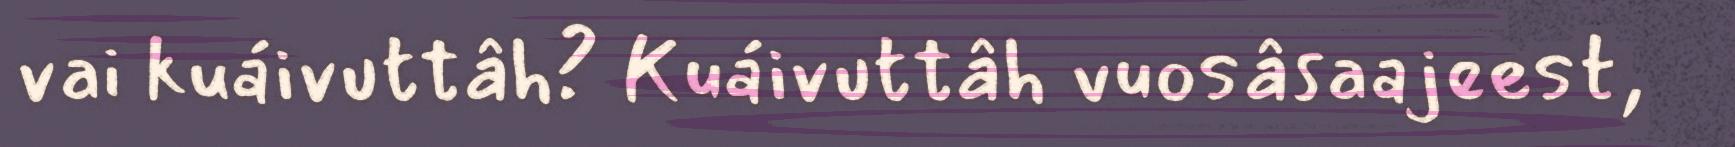
vai kuáivuttâh? Kuáivuttâh vuosâsaajeest,